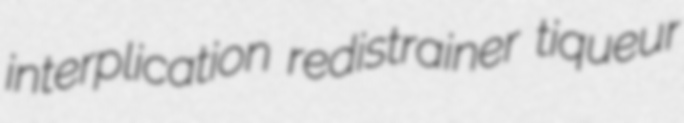
interplication redistrainer tiqueur